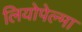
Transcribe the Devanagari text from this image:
लियोपेल्मा